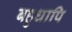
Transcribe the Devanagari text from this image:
बहुधापि